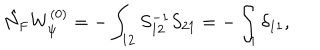
\hat { N } _ { \mathrm { F } } W _ { \psi } ^ { ( 0 ) } = - \int _ { 1 2 } S _ { 1 2 } ^ { - 1 } S _ { 2 1 } = - \int _ { 1 } \delta _ { 1 1 } ,